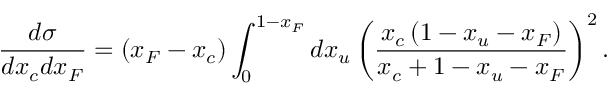
\frac { d \sigma } { d x _ { c } d x _ { F } } = \left( x _ { F } - x _ { c } \right) \int _ { 0 } ^ { 1 - x _ { F } } d x _ { u } \left( \frac { x _ { c } \left( 1 - x _ { u } - x _ { F } \right) } { x _ { c } + 1 - x _ { u } - x _ { F } } \right) ^ { 2 } .